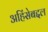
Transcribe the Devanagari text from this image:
अहिंसेबद्दल